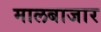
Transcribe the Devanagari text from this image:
मालबाजार